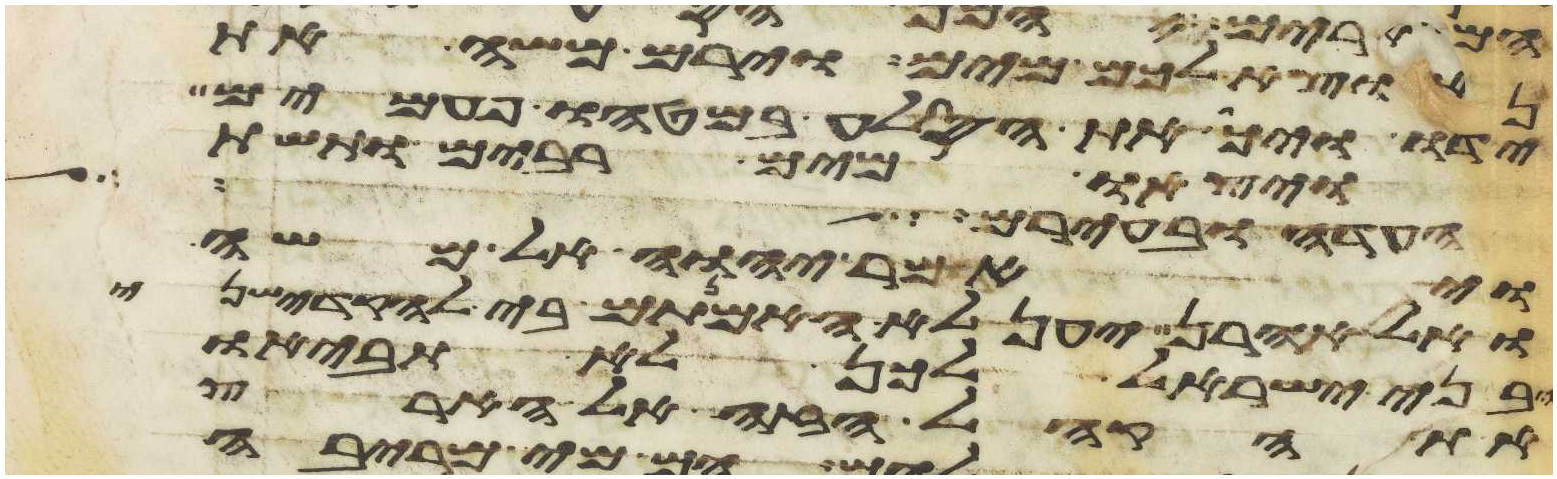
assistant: נוציא לכם מים וירם משה את
ידו ויך את הסלע במטהו פעמים
ויצאו מים רבים ותשת
העדות ובערב יהיה על
ויאמר יהוה אל משה
ואל אהרן יען לא האמנתם בי להקדישני
בני ישראל לכן לא תביאו
את הקהל הזה אל הארץ